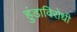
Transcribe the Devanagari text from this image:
हुंडाविरोधी